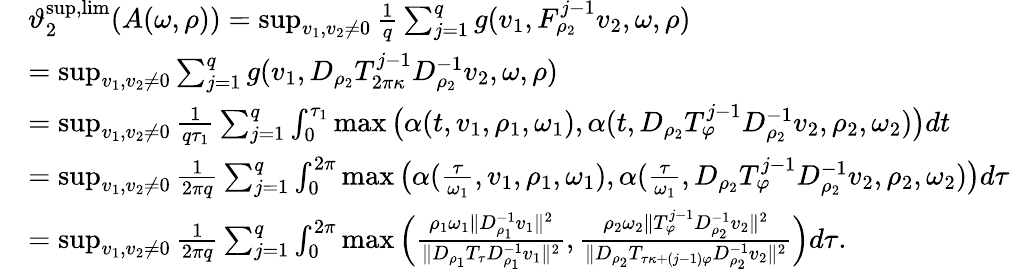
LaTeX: \begin{array}{rl}&{\vartheta_{2}^{\operatorname*{sup},\operatorname*{lim}}(A(\omega,\rho))=\operatorname*{sup}_{v_{1},v_{2}\neq 0}\frac{1}{q}\sum_{j=1}^{q}g(v_{1},F_{\rho_{2}}^{j-1}v_{2},\omega,\rho)}\\ &{=\operatorname*{sup}_{v_{1},v_{2}\neq 0}\sum_{j=1}^{q}g(v_{1},D_{\rho_{2}}T_{2\pi\kappa}^{j-1}D_{\rho_{2}}^{-1}v_{2},\omega,\rho)}\\ &{=\operatorname*{sup}_{v_{1},v_{2}\neq 0}\frac{1}{q\tau_{1}}\sum_{j=1}^{q}\int_{0}^{\tau_{1}}\operatorname*{max}\big(\alpha(t,v_{1},\rho_{1},\omega_{1}),\alpha(t,D_{\rho_{2}}T_{\varphi}^{j-1}D_{\rho_{2}}^{-1}v_{2},\rho_{2},\omega_{2})\big)dt}\\ &{=\operatorname*{sup}_{v_{1},v_{2}\neq 0}\frac{1}{2\pi q}\sum_{j=1}^{q}\int_{0}^{2\pi}\operatorname*{max}\big(\alpha(\frac{\tau}{\omega_{1}},v_{1},\rho_{1},\omega_{1}),\alpha(\frac{\tau}{\omega_{1}},D_{\rho_{2}}T_{\varphi}^{j-1}D_{\rho_{2}}^{-1}v_{2},\rho_{2},\omega_{2})\big)d\tau}\\ &{=\operatorname*{sup}_{v_{1},v_{2}\neq 0}\frac{1}{2\pi q}\sum_{j=1}^{q}\int_{0}^{2\pi}\operatorname*{max}\Big(\frac{\rho_{1}\omega_{1}\| D_{\rho_{1}}^{-1}v_{1}\| ^{2}}{\| D_{\rho_{1}}T_{\tau}D_{\rho_{1}}^{-1}v_{1}\| ^{2}},\frac{\rho_{2}\omega_{2}\| T_{\varphi}^{j-1}D_{\rho_{2}}^{-1}v_{2}\| ^{2}}{\| D_{\rho_{2}}T_{\tau\kappa+(j-1)\varphi}D_{\rho_{2}}^{-1}v_{2}\| ^{2}}\Big)d\tau.}\end{array}